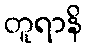
တူရာနိ